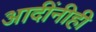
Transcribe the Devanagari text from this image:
आदींनीही